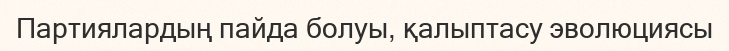
Партиялардың пайда болуы, қалыптасу эволюциясы